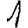
Digit: 1